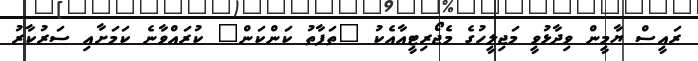
ރައީސް ޔާމީން ވިދާޅުވީ މަޖިލީހުގެ މެޖޯރިޓީއާއެކު "ތަފާތު ކަންކަން" ކުރައްވާނެ ކަމަށާއި ސަރުކާރު